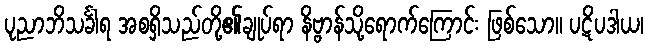
ပုညာဘိသင်္ခါရ အစရှိသည်တို့၏ချုပ်ရာ နိဗ္ဗာန်သို့ရောက်ကြောင်း ဖြစ်သော။ ပဋိပဒါယ၊